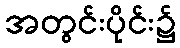
အတွင်းပိုင်း၌